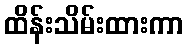
ထိန်းသိမ်းထားကာ